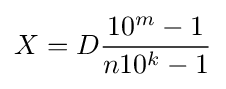
X=D{\frac {10^{m}-1}{n10^{k}-1}}